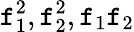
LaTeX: \mathtt{f}_{1}^{2},\mathtt{f}_{2}^{2},\mathtt{f}_{1}\mathtt{f}_{2}